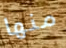
منها